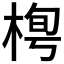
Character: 𣓓